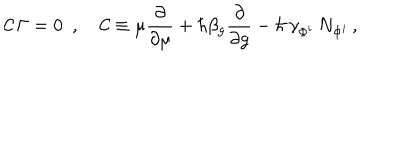
{ \cal C \, } \Gamma = 0 \, \, \, , \, \; \; \, \, { \cal C } \equiv \mu \frac \partial { \partial \mu } + \hbar \beta _ { g } \frac \partial { \partial g } - \hbar \, \gamma _ { \Phi ^ { i } } \, N _ { \Phi ^ { i } } \, ,